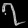
Digit: ၇